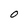
Character: O